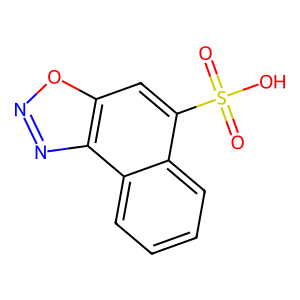
SMILES: O=S(=O)(O)c1cc2onnc2c2ccccc12
Inhibits HIV replication: No